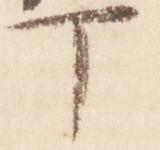
丁